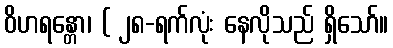
ဝိဟရန္တော၊ ( ၂၈-ရက်လုံး နေလိုသည် ရှိသော်။